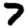
Digit: 7